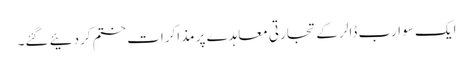
ایک سو ارب ڈالر کے تجارتی معاہدے پر مذاکرات ختم کردئیے گئے۔